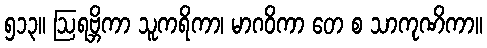
၅၁၃။ ဩရဗ္ဘိကာ သူကရိကာ၊ မာဂဝိကာ တေ စ သာကုဏိကာ။